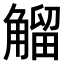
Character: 𧤝